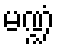
မဏ္ဍံ